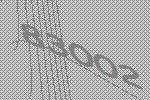
83002